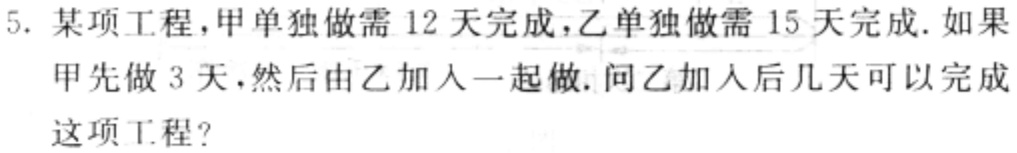
5. 某项工程，甲单独做需 12 天完成，乙单独做需 15 天完成. 如果甲先做 3 天，然后由乙加入一起做. 问乙加入后几天可以完成这项工程?